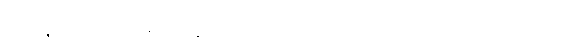
ဒွေပိ၊ နှစ်ယောက်လည်းဖြစ်ကုန်သော။ တာ၊ ထိုသတို့သမီးတို့ကို။ မင်္ဂလံ ကတွာ၊ မင်္ဂလာကို